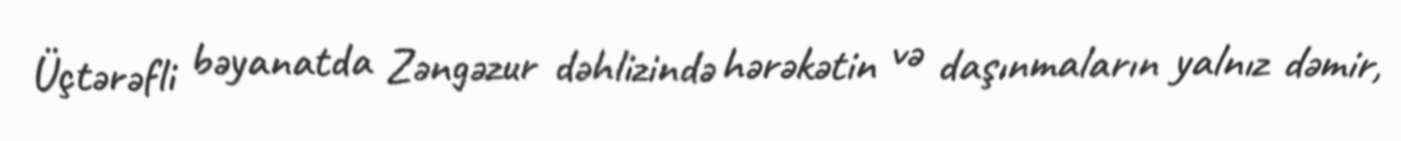
Üçtərəfli bəyanatda Zəngəzur dəhlizində hərəkətin və daşınmaların yalnız dəmir,